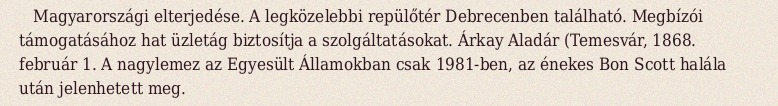
Magyarországi elterjedése. A legközelebbi repülőtér Debrecenben található. Megbízói támogatásához hat üzletág biztosítja a szolgáltatásokat. Árkay Aladár (Temesvár, 1868. február 1. A nagylemez az Egyesült Államokban csak 1981-ben, az énekes Bon Scott halála után jelenhetett meg.